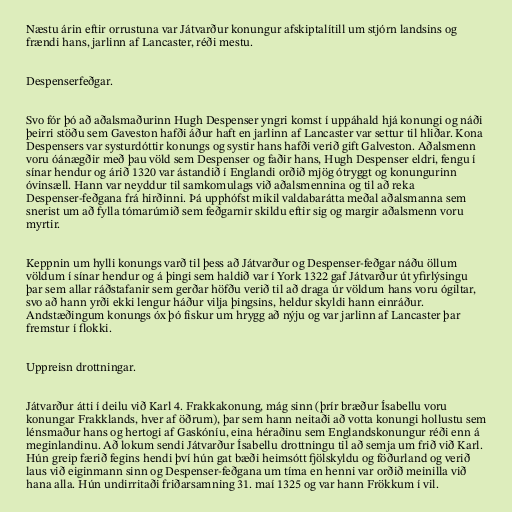
Næstu árin eftir orrustuna var Játvarður konungur afskiptalítill um stjórn landsins og
frændi hans, jarlinn af Lancaster, réði mestu.

Despenserfeðgar.

Svo fór þó að aðalsmaðurinn Hugh Despenser yngri komst í uppáhald hjá konungi og náði
þeirri stöðu sem Gaveston hafði áður haft en jarlinn af Lancaster var settur til hliðar. Kona
Despensers var systurdóttir konungs og systir hans hafði verið gift Galveston. Aðalsmenn
voru óánægðir með þau völd sem Despenser og faðir hans, Hugh Despenser eldri, fengu í
sínar hendur og árið 1320 var ástandið í Englandi orðið mjög ótryggt og konungurinn
óvinsæll. Hann var neyddur til samkomulags við aðalsmennina og til að reka
Despenser-feðgana frá hirðinni. Þá upphófst mikil valdabarátta meðal aðalsmanna sem
snerist um að fylla tómarúmið sem feðgarnir skildu eftir sig og margir aðalsmenn voru
myrtir.

Keppnin um hylli konungs varð til þess að Játvarður og Despenser-feðgar náðu öllum
völdum í sínar hendur og á þingi sem haldið var í York 1322 gaf Játvarður út yfirlýsingu
þar sem allar ráðstafanir sem gerðar höfðu verið til að draga úr völdum hans voru ógiltar,
svo að hann yrði ekki lengur háður vilja þingsins, heldur skyldi hann einráður.
Andstæðingum konungs óx þó fiskur um hrygg að nýju og var jarlinn af Lancaster þar
fremstur í flokki.

Uppreisn drottningar.

Játvarður átti í deilu við Karl 4. Frakkakonung, mág sinn (þrír bræður Ísabellu voru
konungar Frakklands, hver af öðrum), þar sem hann neitaði að votta konungi hollustu sem
lénsmaður hans og hertogi af Gaskóníu, eina héraðinu sem Englandskonungur réði enn á
meginlandinu. Að lokum sendi Játvarður Ísabellu drottningu til að semja um frið við Karl.
Hún greip færið fegins hendi því hún gat bæði heimsótt fjölskyldu og föðurland og verið
laus við eiginmann sinn og Despenser-feðgana um tíma en henni var orðið meinilla við
hana alla. Hún undirritaði friðarsamning 31. maí 1325 og var hann Frökkum í vil.